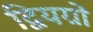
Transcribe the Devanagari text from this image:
द्वियग्रों